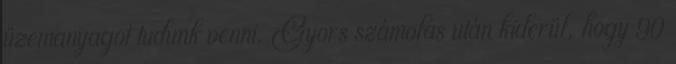
üzemanyagot tudunk venni. Gyors számolás után kiderül, hogy 90